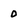
Character: 0